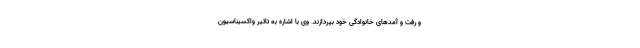
و رفت و آمدهای خانوادگی خود بپردازند. وی با اشاره به تاثیر واکسیناسیون